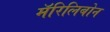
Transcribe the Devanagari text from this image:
मॅरिलिबोन